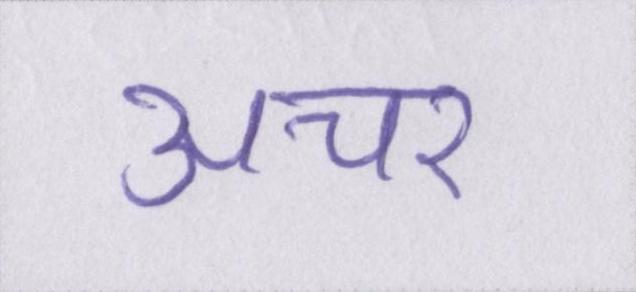
अचर